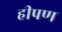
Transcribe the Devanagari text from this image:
हीपण